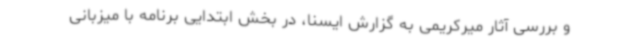
و بررسی آثار میرکریمی به گزارش ایسنا، در بخش ابتدایی برنامه با میزبانی